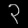
Digit: ၃